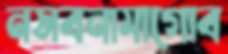
নসবনামাগোব